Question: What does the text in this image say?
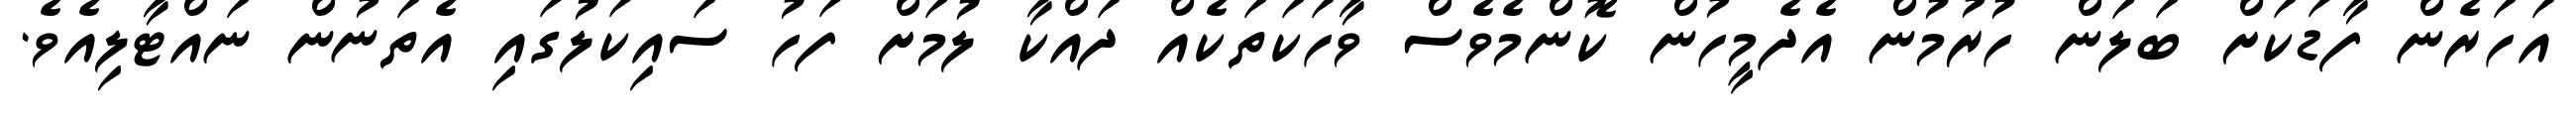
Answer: އަހަރެން ފާޑަކަށް ބަލަން ހުރުމުން އެދެމީހުން ކޮންމެވެސް ވާހަކަތަކެއް ދައްކާ ލުމަށް ފަހު ސައިކަލުގައި އެތަނުން ނައްޓާލިއެވެ.